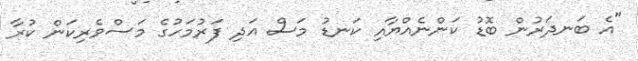
"އެ ބަނދަރުން ބޮޑު ކަންނެއްޔާއި ކަނޑު މަސް އަދި ފަރުމަހުގެ މަސްވެރިކަން ކުރާ